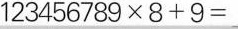
$$1 2 3 4 5 6 7 8 9\times 8 + 9 =$$